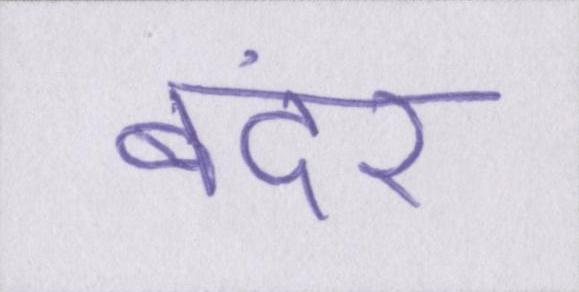
बंदर